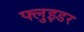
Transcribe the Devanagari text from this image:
फ्लुइडर